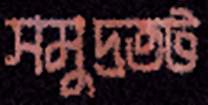
সমুদ্রতট